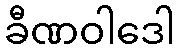
ခီဏဝါဒေါ